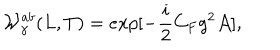
{ \cal W } _ { \gamma } ^ { a b } ( L , T ) = e x p [ - { \frac { i } { 2 } } C _ { F } g ^ { 2 } { \cal A } ] ,